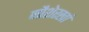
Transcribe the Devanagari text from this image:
नौशेरखां